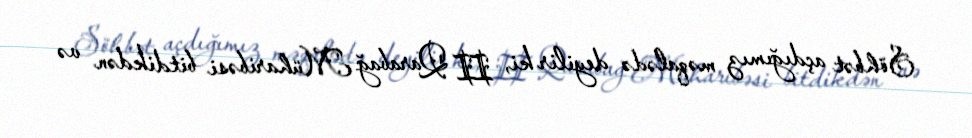
Söhbət açdığımız məqalədə deyilir ki, II Qarabağ Müharibəsi bitdikdən və